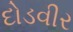
દોડવીર